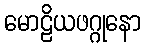
မောဠိယဖဂ္ဂုနော